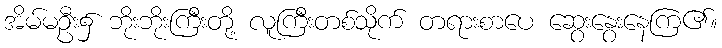
အိမ်မဦး၌ ဘိုးဘိုးကြီးတို့ လူကြီးတစ်သိုက် တရားစာပေ ဆွေးနွေးနေကြ၏။